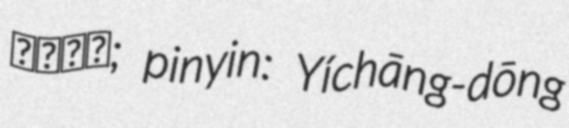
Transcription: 宜昌東站; pinyin: Yíchāng-dōng